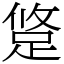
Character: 跾